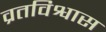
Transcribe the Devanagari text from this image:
व्रतविश्वास